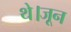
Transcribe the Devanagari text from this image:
थे।जून